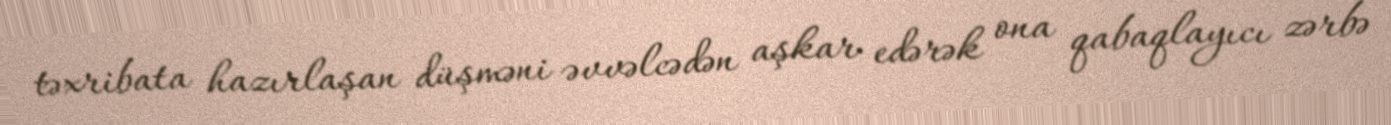
təxribata hazırlaşan düşməni əvvəlcədən aşkar edərək ona qabaqlayıcı zərbə